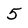
Character: 5